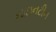
નાઇનટીન